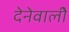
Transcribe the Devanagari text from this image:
देनेवालीे